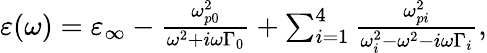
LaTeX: \begin{array}{r}{\varepsilon(\omega)=\varepsilon_{\infty}-\frac{\omega_{p0}^{2}}{\omega^{2}+i\omega\Gamma_{0}}+\sum_{i=1}^{4}\frac{\omega_{pi}^{2}}{{\omega_{i}^{2}-\omega^{2}-i\omega\Gamma_{i}}},}\end{array}